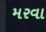
મરવા